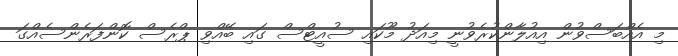
މި އެއްބަސްވުން އިއުލާންކުރެވުނީ މިއަދު މޫކައި ސުއީޓްސް ގައި ބޭއްވި ޕްރެސް ކޮންފަރެންސެއްގަ